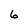
Character: 6